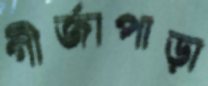
গীর্জাপাড়া